Report of the Municipal Commissioner on the plague in Bombay for the year ending 31st May... - Volume 2
Disease focus: Plague
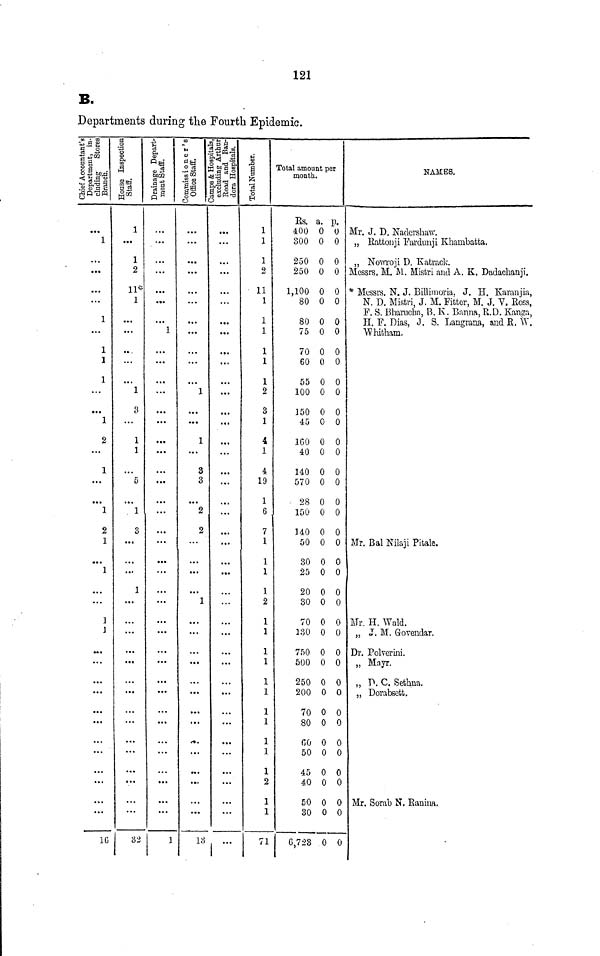
121
B.
Departments during the Fourth Epidemic.
-I* I
If. o Jj fccja
•< H aU
.-§111
gP-Stt
1
1
1
1
1
1
2
1
1
2
1
1
3
J
»•••
• '
1G
a
.2
o
0
&
S
11
&n
1
1
2
11*
1
...
1
3
1
1
5
1
3
1
32
1 P< a>
61 u
CD +3
M02
•91 cs a>
n*
...
**•
1
...
e*«
>..
...
1
«
a
I
V
"f.
fl£H
?°.
£i
&
'« CO
j.
.S 0>
r
3 52
5
y id *
l§ !
o
c
...
•>.
•••
1
1
3
3
2
2
1
13
FSi "
i S c« „;
K !
s . »d tx
•i bD a m
" 9 S °3
'^ W
0 ^'ti |
|
S
fljPH'CJ
• ••
...
**•
• • •
»•»
...
1 "'
S
rQ
£
I
1
1
1
2
11
1
1
1
1
1
1
2
3
1
4
1
4
19
1
6
7
1
1
1
1
2
1
1
1
1
1
1
1
1
1
1
1
2
1
1
71
Total amount per
month.
Es. a. p.
400 0 0
300 0 0
250 0 0
250 0 0
1,100 0 0
80 0 0
80 0 0
75 0 0
70 0 0
60 0 0
55 0 0
100 0 0
150 0 0
45 0 0
1GO 0 0
40 0 0
140 0 0
570 0 0
28 0 0
150 0 0
140 0 0
50 0 0
30 0 0
25 0 0
20 0 0
30 0 0
70 0 0
130 0 0
750 0 0
500 0 0
250 0 0
200 0 0
70 0 0
80 0 0
GO 0 0
50 0 0
45 0 0
40 0 0
50 0 0
30 0 0
6,723 0 0
NAMES.
M!r. J. D. Nadcrshaw.
„ Battoiiji Pardunji Khainbatta.
„ Nowroji D. Katrack.
lessrs, M. M. Eistri and A. K. Dadachanji.
Messrs. N. J. Billimoria. J. H. Karanjia,
N. D. Mistri, J. M. Fitter, M. J. V, Ross,
F. S. Bharucha, B. K. Banna, R.D. Kanga,
H. F. Dias, J. S. Langrana, and R. AY.
"Whitham.
Mr. Bal Nilaji Pitale.
Mr. H. Wald.
„ J. M. Govendar.
Dr. Polverini.
„ Mayr.
„ P. C. Sethua.
„ Dorabsctt.
Mr. Sorab N. Raniua,